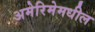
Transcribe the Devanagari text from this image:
अमेरिमेमधील